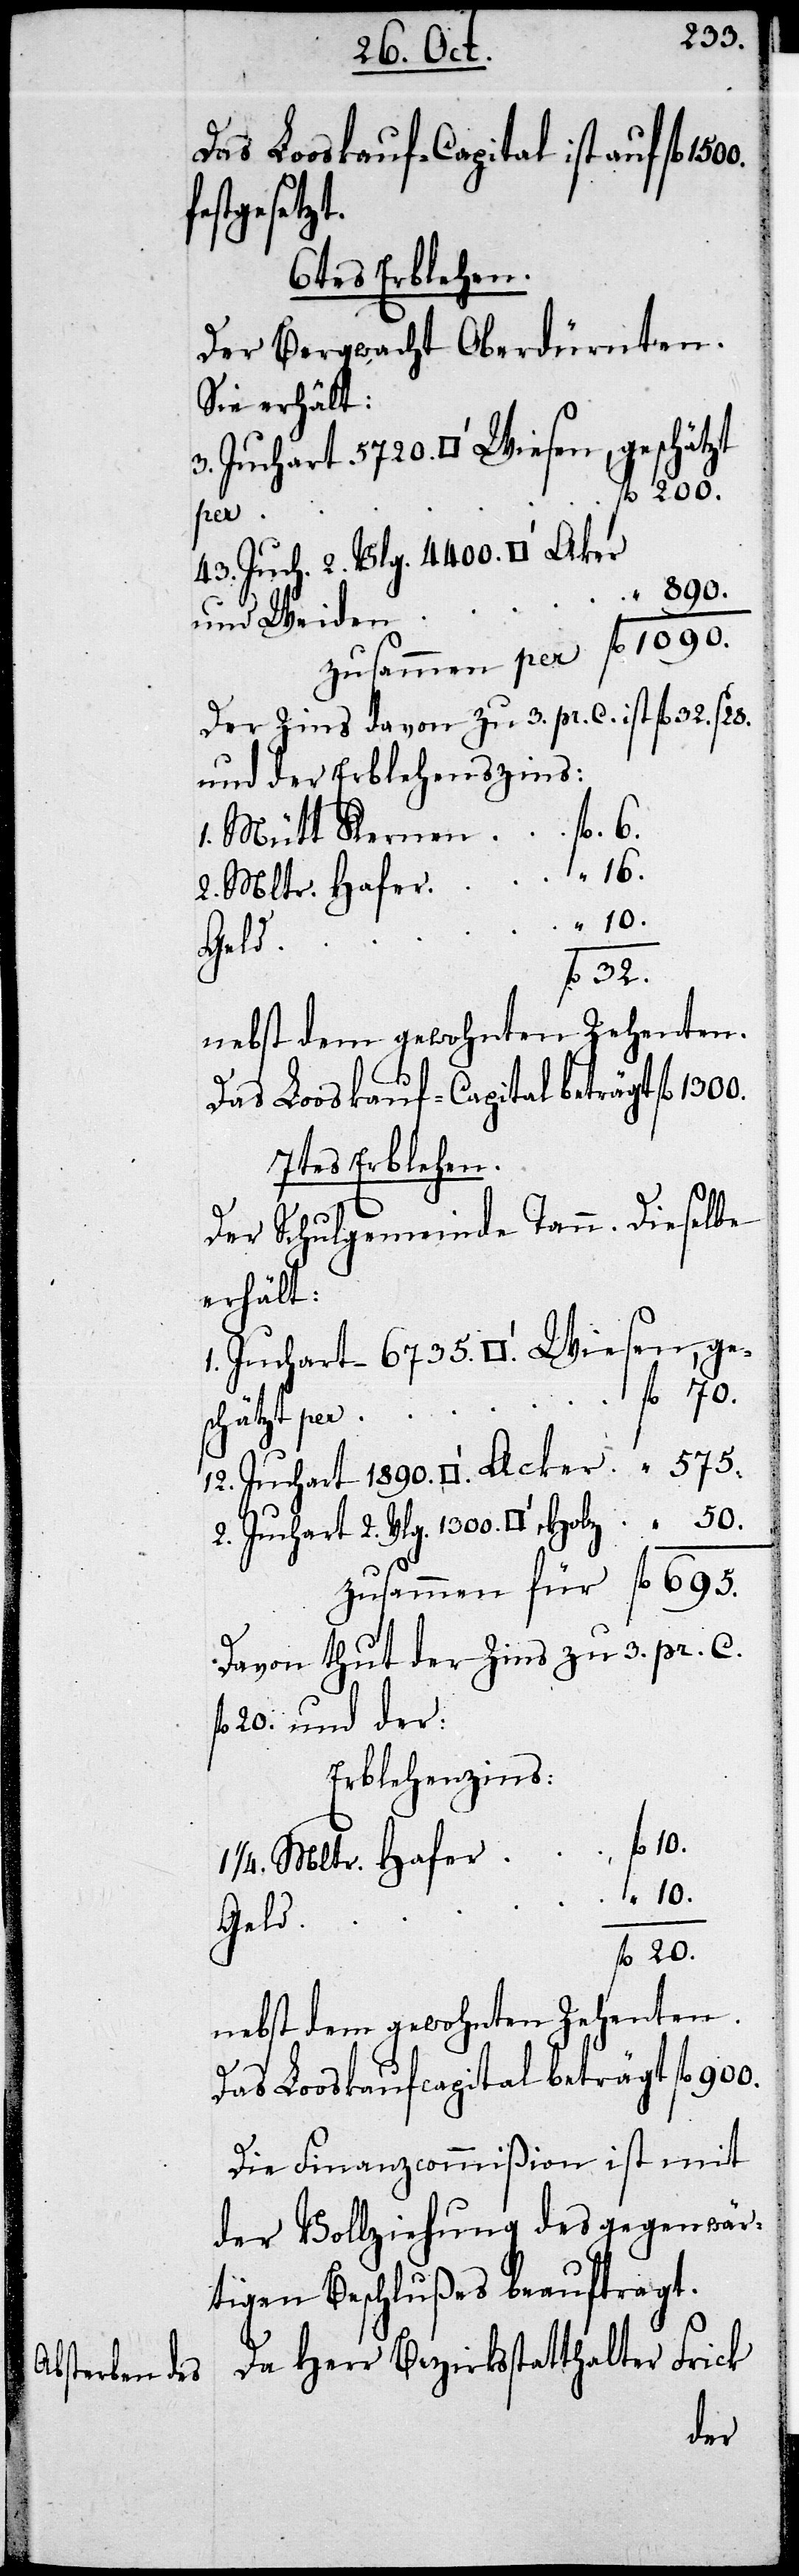
Das Loskauf-Capital ist auf fl
stgesetzt.
6tes Erblehen.
Der Bergwacht Oberdürnten.
Sie erhält:
Quadratfuß Wiesen, geschätzt
Vlg. 1300.
fe¬
43. Juch. 2. Vlg. 4400.
und Weiden	„
Zusammen per 	fl	 1090.
Der Zins davon zu 3. pr. C. ist fl 32.
1. Mütt Kernen 	fl	6.
2.
2. Mltr. Hafer
nebst dem gewohnten Zehenten.
Das Looskauf-Capital beträgt fl 1300.
7tes Erblehen.
Der Schuldgemeinde Tann.
erhält:
1. Juchart 6735. Quadratfuß Wiesen, ge¬
schätzt per
Zusammen für 	fl	695.
Davon thut der Zins zu 3. pr. C.
fl 20. und der
Erblehenzins:
¼ Mltr. Hafer
1890.
Geld
nebst dem gewohnten Zehenten.
Das Looskaufscapital beträgt fl 900.
Die Finanzcommißion ist mit
der Vollziehung des gegenwär¬
tigen Beschlußes beauftragt.